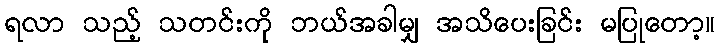
ရလာ သည့် သတင်းကို ဘယ်အခါမျှ အသိပေးခြင်း မပြုတော့။